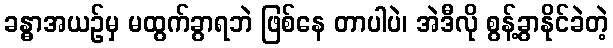
ခန္ဓာအယဉ်မှ မထွက်ခွာရဘဲ ဖြစ်နေ တာပါပဲ၊ အဲဒီလို စွန့်ခွာနိုင်ခဲတဲ့